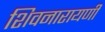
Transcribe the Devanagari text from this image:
शिवनारायणी